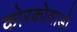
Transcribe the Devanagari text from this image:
कोरकोवाडो